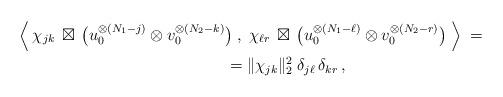
LaTeX: \begin{align*} \Big\langle \:\chi_{jk}\,\boxtimes\,\big(u_0^{\otimes(N_1-j)}\otimes v_0^{\otimes(N_2-k)}&\big)\;,\;\chi_{\ell r}\,\boxtimes\,\big(u_0^{\otimes(N_1-\ell)}\otimes v_0^{\otimes(N_2-r)}\big)\;\Big\rangle\;= \\ &=\|\chi_{jk} \|_2^2\;\delta_{j\ell}\,\delta_{kr}\,,\end{align*}